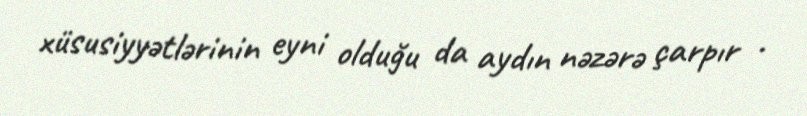
xüsusiyyətlərinin eyni olduğu da aydın nəzərə çarpır .